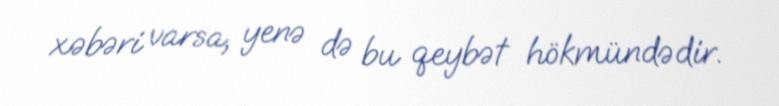
xəbəri varsa, yenə də bu qeybət hökmündədir.